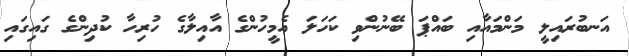
އަނބުރައިލީ މަންމައާއި ބައްޕަ ބޭނުންވި ކަހަލަ އެމީހުންގެ އާއިލާގެ ހުރިހާ ކުދިންގެ ގައިގައި